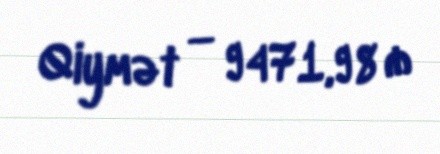
Qiymət — 9471,98 ₼